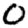
Digit: 0